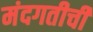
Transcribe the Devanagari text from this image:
मंदगतीची